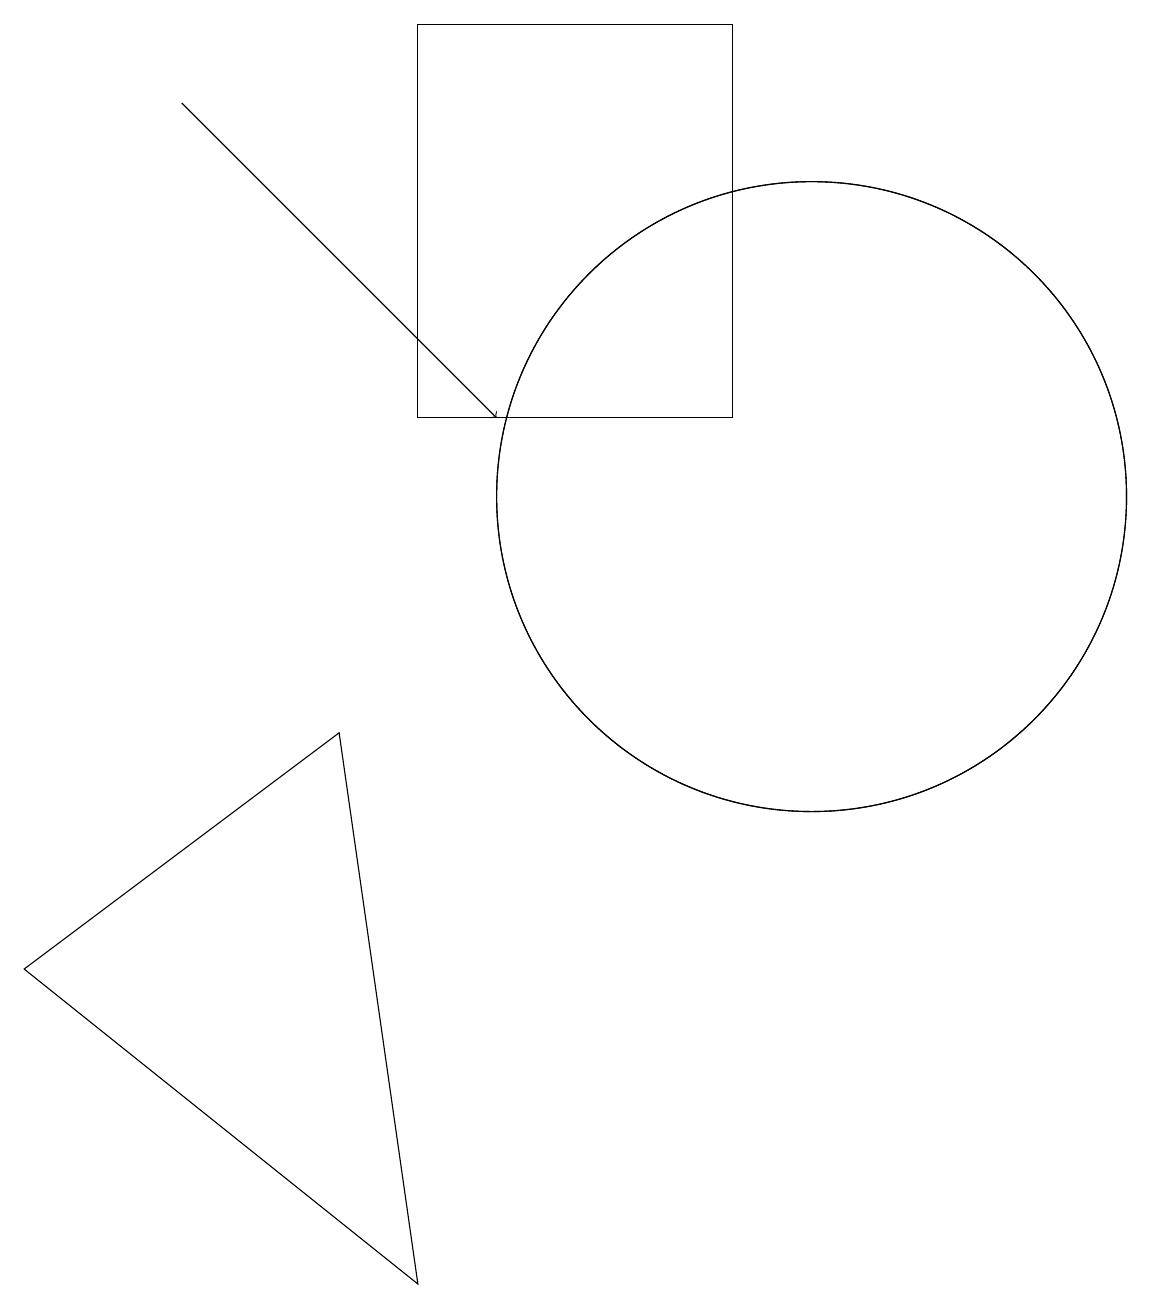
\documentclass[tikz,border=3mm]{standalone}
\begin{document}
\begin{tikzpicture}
\draw (0,5) -- (5,1) -- (4,8) -- cycle;
\draw (10,11) circle (4);
\draw (5,12) rectangle (9,17);
\draw (10,11) circle (4);
\draw[->] (2,16) -- (6,12);
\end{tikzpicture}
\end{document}